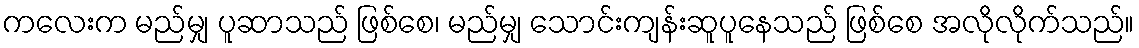
ကလေးက မည်မျှ ပူဆာသည် ဖြစ်စေ၊ မည်မျှ သောင်းကျန်းဆူပူနေသည် ဖြစ်စေ အလိုလိုက်သည်။